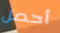
أحصل